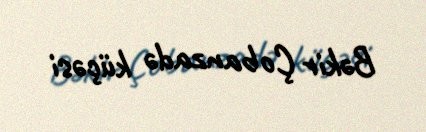
Bəkir Çobanzadə küçəsi